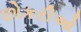
છોકરીઓ